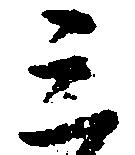
三